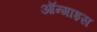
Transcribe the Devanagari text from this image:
ऑन्गाइस